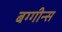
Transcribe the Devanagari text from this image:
बग्गीन्स